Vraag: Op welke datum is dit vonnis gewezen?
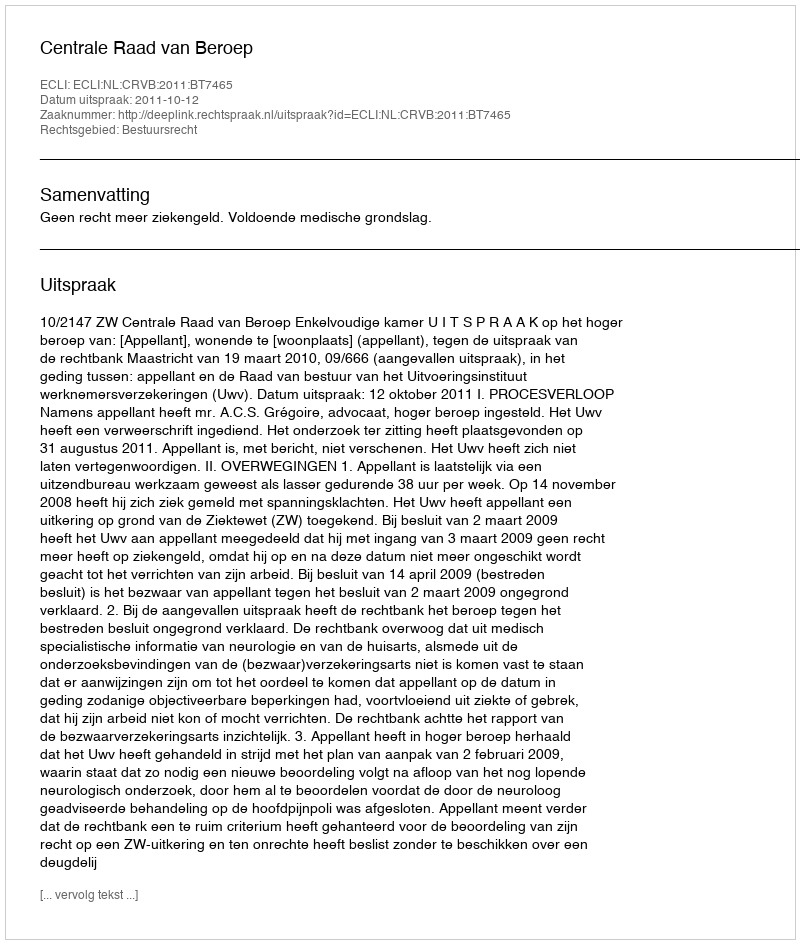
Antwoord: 2011-10-12